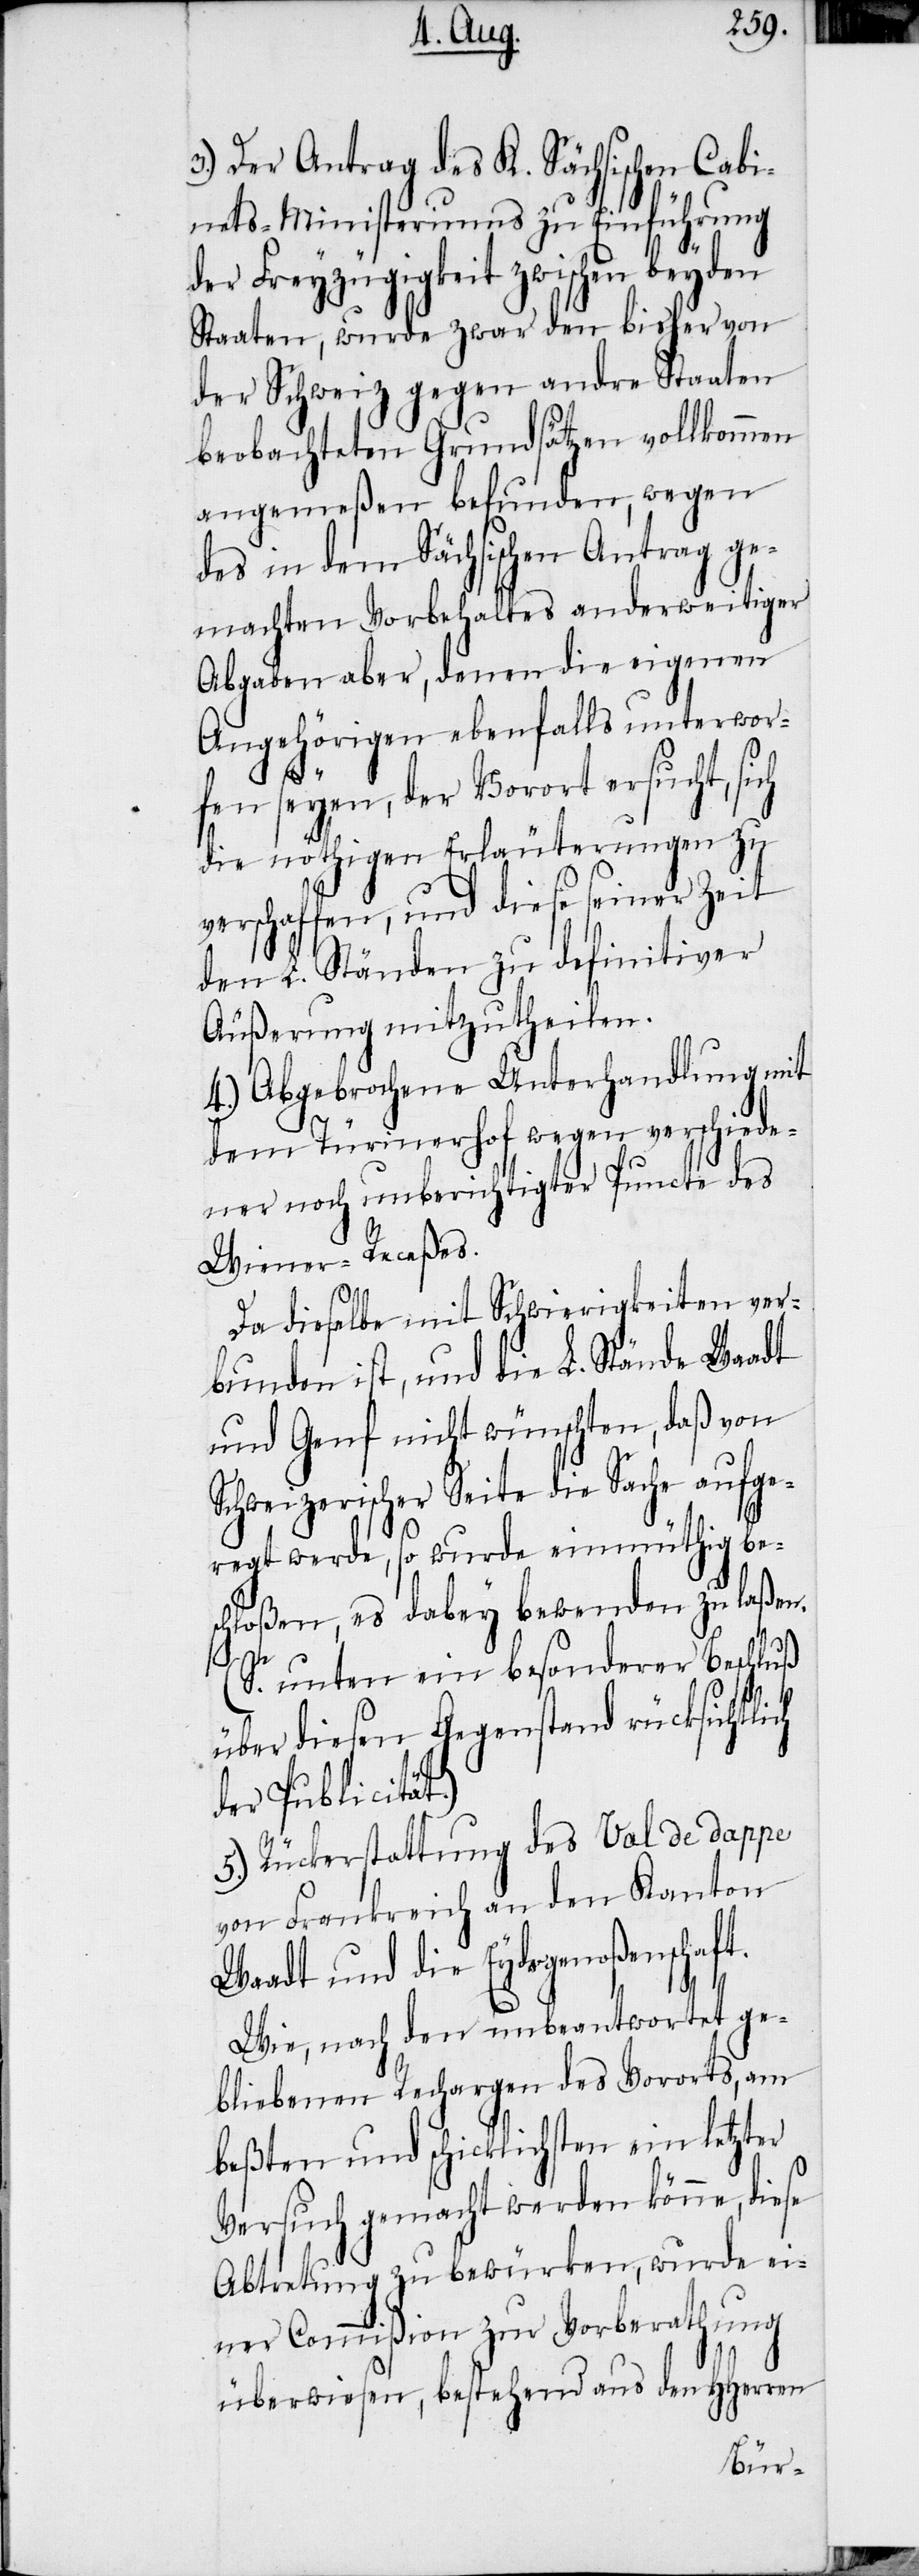
3.) Der Antrag des K. Sächsischen Cabi¬
ntets-Ministeriums zu Einführung
der Freyzügigkeit zwischen beyden
Staaten, wurde zwar den bisher von
der Schweiz gegen andre Staaten
beobachteten Grundsätzen vollkommen
angemeßen befunden, wegen
des in dem Sächsischen Antrag ge¬
machten Vorbehaltes anderweitiger
Abgaben aber, denen die eigenen
Angehörigen ebenfalls unterwor¬
fen seyen, der Vorort ersucht, sich
die nöthigen Erläuterungen zu
verschaffen, und diese seiner Zeit
den L. Ständen zu definitiver
Äußerung mitzutheilen.
4.) Abgebrochene Unterhandlung mit
dem Türinerhof wegen verschiede¬
ner noch unberichtigter Puncte des
Wiener-Receßes.
Da dieselbe mit Schwierigkeiten ver¬
bunden ist, und die L. Stände Waadt
und Genf nicht wünschten, daß von
Schweizerischer Seite die Sache aufge¬
regt werde, so wurde einmüthig be¬
schloßen, es dabey bewenden zu laßen.
(S. unten ein besonderer Beschluß
über diesen Gegenstand rücksichtlich
der Publicität.)
5.) Rückerstattung des Val de dappe
von Frankreich an den Kanton
Waadt und die Eydsgenoßenschaft.
Wie, nach den unbeantwortet ge¬
bliebenen Rechargen des Vororts, am
beßten und schicklichsten ein letzter
Versuch gemacht werden könne, diese
Abtretung zu bewürken, wurde ei¬
ner Commißion zur Vorberathung
überwiesen, bestehend aus den HHerren